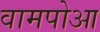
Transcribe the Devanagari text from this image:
वामपोआ